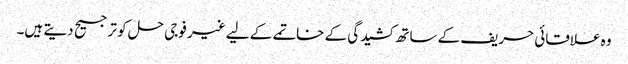
وہ علاقائی حریف کے ساتھ کشیدگی کے خاتمے کے لیے غیر فوجی حل کو ترجیح دیتے ہیں۔